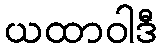
ယထာဝါဒီ